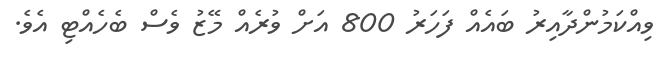
ވިއްކަމުންދާއިރު ބައެއް ފަހަރު 800 އަށް ވުރެއް މޭޒު ވެސް ބެހެއްޓި އެވެ.